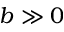
b \gg 0